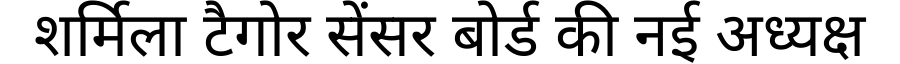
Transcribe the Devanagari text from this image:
शर्मिला टैगोर सेंसर बोर्ड की नई अध्यक्ष